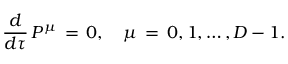
\frac { d } { d \tau } \, P ^ { \mu } \, = \, 0 , \quad \mu \, = \, 0 , 1 , \ldots , D - 1 .